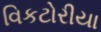
વિકટોરીયા